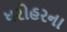
ધરોહરના